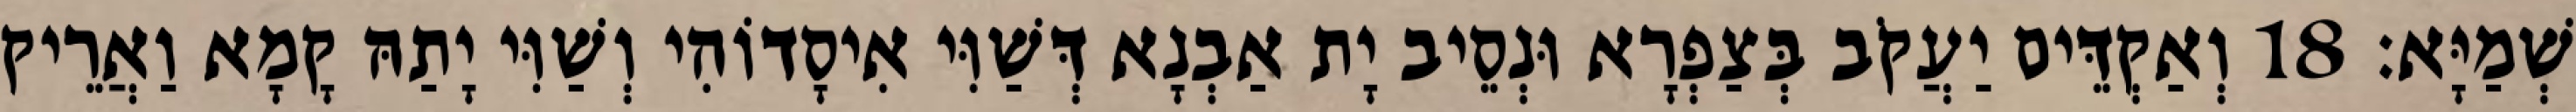
שְׁמַיָּא׃ 18 וְאַקְדֵּים יַעֲקֹב בְּצַפְרָא וּנְסֵיב יָת אַבְנָא דְּשַׁוִּי אִיסָדוֹהִי וְשַׁוִּי יָתַהּ קָמָא וַאֲרֵיק